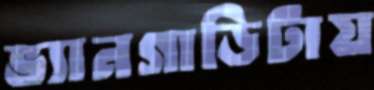
ভ্যানগাড়িটায়